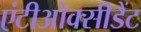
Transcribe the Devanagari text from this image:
एंटीओक्सीडैंट